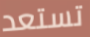
تستعد